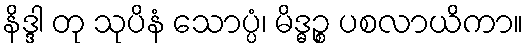
နိဒ္ဒါ တု သုပိနံ သောပ္ပံ၊ မိဒ္ဓဉ္စ ပစလာယိကာ။